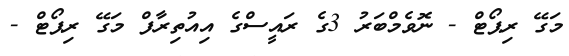
މަގޭ ރިޕޯޓް - ނޮވެމްބަރު 3ގެ ރައީސްގެ އިއުތިރާފް މަގޭ ރިޕޯޓް -